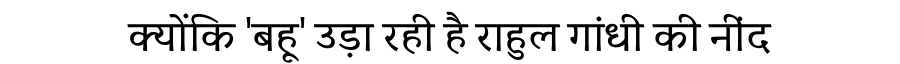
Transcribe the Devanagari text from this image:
क्योंकि 'बहू' उड़ा रही है राहुल गांधी की नींद